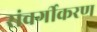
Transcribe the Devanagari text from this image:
संवर्गीकरण